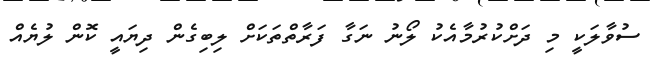
ސުވާލަކީ މި ދަށްކުރުމާއެކު ލޯނު ނަގާ ފަރާތްތަކަށް ލިބިގެން ދިޔައީ ކޮން ލުޔެއް